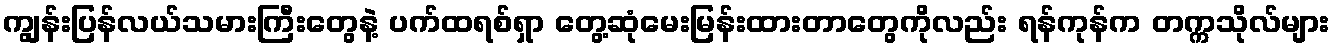
ကျွန်းပြန်လယ်သမားကြီးတွေနဲ့ ပက်ထရစ်ရှာ တွေ့ဆုံမေးမြန်းထားတာတွေကိုလည်း ရန်ကုန်က တက္ကသိုလ်များ